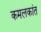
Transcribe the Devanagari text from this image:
कमलकांत